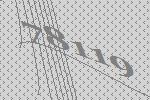
78119